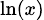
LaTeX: \scriptstyle\ln(x)